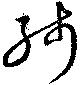
殘